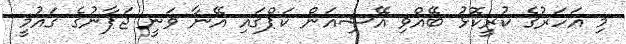
މި އަހަރުގެ ކުރީކޮޅު ބޭއްވި އޭޝިއަން ކަޕްގައި އޭނާ ވަނީ ޖަޕާނުގެ ގައުމީ